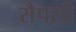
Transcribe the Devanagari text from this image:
सैपसी